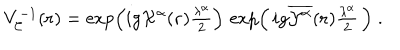
LaTeX: V _ { \cal { C } } ^ { - 1 } ( { \bf { r } } ) = \exp \left( i g { \cal X } ^ { \alpha } ( { \bf { r } } ) { \textstyle \frac { \lambda ^ { \alpha } } { 2 } } \right) \, \exp \left( \, i g { \overline { { { { \cal { Y } } ^ { \alpha } } } } } ( { \bf { r } } ) { \textstyle \frac { \lambda ^ { \alpha } } { 2 } } \, \right) \; .